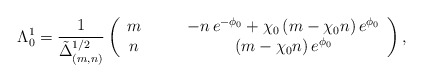
\begin{align*}\Lambda_0^1 = \frac{1}{\tilde{\Delta}_{(m,n)}^{1/2}} \left(\begin{array}{cc}m \qquad& - n \,e^{-\phi_0} + \chi_0 \,(m - \chi_0 n) \,e^{\phi_0} \\n\qquad & (m - \chi_0 n)\, e^{\phi_0} \end{array} \right),\end{align*}